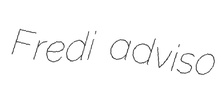
Fredi adviso